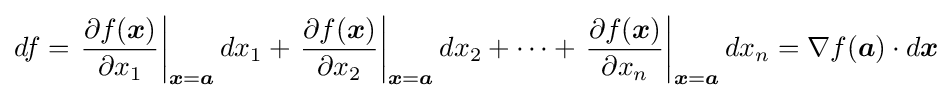
df=\left.{\frac {\partial f({\boldsymbol {x}})}{\partial x_{1}}}\right|_{{\boldsymbol {x}}={\boldsymbol {a}}}dx_{1}+\left.{\frac {\partial f({\boldsymbol {x}})}{\partial x_{2}}}\right|_{{\boldsymbol {x}}={\boldsymbol {a}}}dx_{2}+\dots +\left.{\frac {\partial f({\boldsymbol {x}})}{\partial x_{n}}}\right|_{{\boldsymbol {x}}={\boldsymbol {a}}}dx_{n}=\nabla f({\boldsymbol {a}})\cdot d{\boldsymbol {x}}